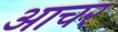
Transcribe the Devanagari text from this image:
आचर